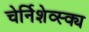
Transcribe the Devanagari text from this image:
चेर्निशेव्स्क्य